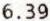
6.39